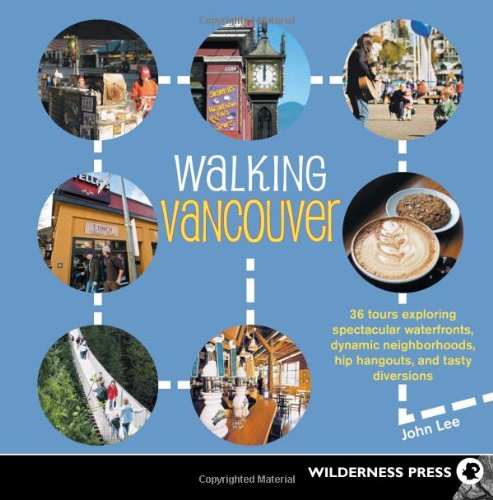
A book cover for Walking Vancouver: 36 Walking Tours Exploring Spectacular Waterfront, Dynamic Neighborhoods, Hip Hangouts, and Tasty Diversions; John Lee; Travel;